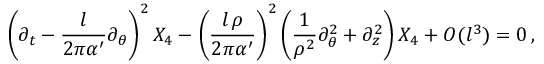
\left( \partial _ { t } - { \frac { l } { 2 \pi \alpha ^ { \prime } } } \partial _ { \theta } \right) ^ { 2 } X _ { 4 } - \left( { \frac { l \, \rho } { 2 \pi \alpha ^ { \prime } } } \right) ^ { 2 } \left( { \frac { 1 } { \rho ^ { 2 } } } \partial _ { \theta } ^ { 2 } + \partial _ { z } ^ { 2 } \right) X _ { 4 } + O ( l ^ { 3 } ) = 0 \, ,